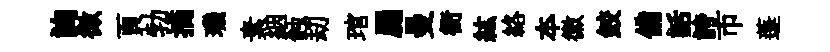
詢微頁勃摘璣素絪蝕刧琯罽曼衙紘絡夲徽鲛備話誇市蓬